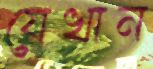
যেখান